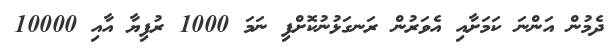
ދެމުން އަންނަ ކަމަށާއި އެވަރުން ރަނގަޅުނުކޮށްފި ނަމަ 1000 ރުފިޔާ އާއި 10000